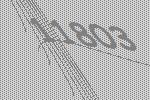
11803